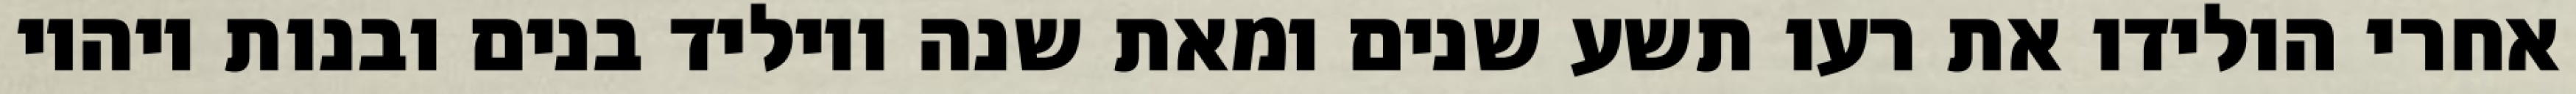
אחרי הולידו את רעו תשע שנים ומאת שנה ויוליד בנים ובנות ויהיו